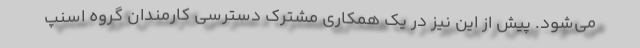
می‌شود. پیش از این نیز در یک همکاری مشترک دسترسی کارمندان گروه اسنپ